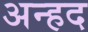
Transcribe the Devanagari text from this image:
अन्‍हद